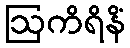
ဩကိရိနိံ